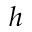
h